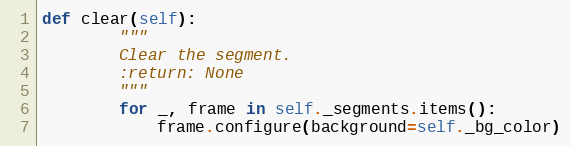
Language: Python
def clear(self):
        """
        Clear the segment.
        :return: None
        """
        for _, frame in self._segments.items():
            frame.configure(background=self._bg_color)